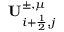
\mathbf { U } _ { i + \frac { 1 } { 2 } , j } ^ { \pm , \mu }